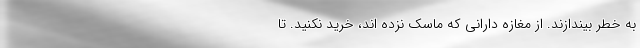
به خطر بیندازند. از مغازه دارانی که ماسک نزده اند، خرید نکنید. تا